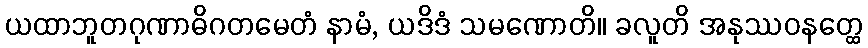
ယထာဘူတဂုဏာဓိဂတမေတံ နာမံ, ယဒိဒံ သမဏောတိ။ ခလူတိ အနုဿဝနတ္ထေ